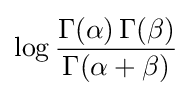
\log {\frac {\Gamma (\alpha )\,\Gamma (\beta )}{\Gamma (\alpha +\beta )}}